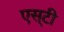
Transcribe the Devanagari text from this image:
एस्‌टी